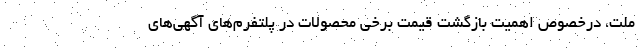
ملت، درخصوص اهمیت بازگشت قیمت برخی محصولات در پلتفرم‌های آگهی‌های